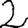
Digit: 2